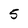
Character: 5